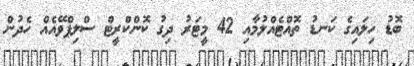
ބޮޑު ހިލައިގެ ކަނޑު ތޮއްޓެއްލުމާއި 42 މީޓަރު ދިގު ކޮންކްރީޓް ސްލިޕްވޭއެއް ހެދުން